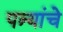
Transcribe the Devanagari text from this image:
पत्र्यांचे